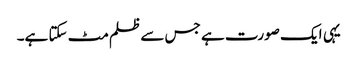
یہی ایک صورت ہے جس سے ظلم مٹ سکتا ہے۔